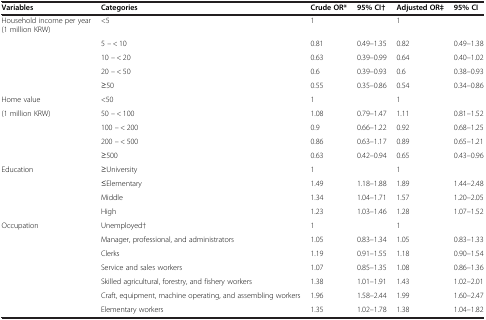
| Variables | Categories | Crude OR* | 95% CI† | Adjusted OR‡ | 95% CI |
 | --- | --- | --- | --- | --- | --- |
 | Household income per year (1 million KRW) | <5 | 1 |  | 1 |  |
 |  | 5 – < 10 | 0.81 | 0.49–1.35 | 0.82 | 0.49–1.38 |
 |  | 10 – < 20 | 0.63 | 0.39–0.99 | 0.64 | 0.40–1.02 |
 |  | 20 – < 50 | 0.6 | 0.39–0.93 | 0.6 | 0.38–0.93 |
 |  | ≥50 | 0.55 | 0.35–0.86 | 0.54 | 0.34–0.86 |
 | Home value | <50 | 1 |  | 1 |  |
 | (1 million KRW) | 50 – < 100 | 1.08 | 0.79–1.47 | 1.11 | 0.81–1.52 |
 |  | 100 – < 200 | 0.9 | 0.66–1.22 | 0.92 | 0.68–1.25 |
 |  | 200 – < 500 | 0.86 | 0.63–1.17 | 0.89 | 0.65–1.21 |
 |  | ≥500 | 0.63 | 0.42–0.94 | 0.65 | 0.43–0.96 |
 | Education | ≥University | 1 |  | 1 |  |
 |  | ≤Elementary | 1.49 | 1.18–1.88 | 1.89 | 1.44–2.48 |
 |  | Middle | 1.34 | 1.04–1.71 | 1.57 | 1.20–2.05 |
 |  | High | 1.23 | 1.03–1.46 | 1.28 | 1.07–1.52 |
 | Occupation | Unemployed† | 1 |  | 1 |  |
 |  | Manager, professional, and administrators | 1.05 | 0.83–1.34 | 1.05 | 0.83–1.33 |
 |  | Clerks | 1.19 | 0.91–1.55 | 1.18 | 0.90–1.54 |
 |  | Service and sales workers | 1.07 | 0.85–1.35 | 1.08 | 0.86–1.36 |
 |  | Skilled agricultural, forestry, and fishery workers | 1.38 | 1.01–1.91 | 1.43 | 1.02–2.01 |
 |  | Craft, equipment, machine operating, and assembling workers | 1.96 | 1.58–2.44 | 1.99 | 1.60–2.47 |
 |  | Elementary workers | 1.35 | 1.02–1.78 | 1.38 | 1.04–1.82 |